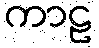
ကာဠ